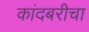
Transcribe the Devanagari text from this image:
कांदबरीचा